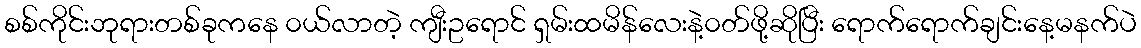
စစ်ကိုင်းဘုရားတစ်ခုကနေ ၀ယ်လာတဲ့ ကျီးဥရောင် ရှမ်းထမိန်လေးနဲ့၀တ်ဖို့ဆိုပြီး ရောက်ရောက်ချင်းနေ့မနက်ပဲ